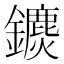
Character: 𨯄